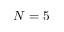
N = 5